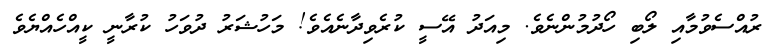
ރުއްސެވުމާއި ލޯބި ހޯދުމުންނެވެ. މިއަދު އޭސީ ކުރެވިދާނެއެވެ! މަހުޝަރު ދުވަހު ކުރާނީ ކީއްހެއްޔެވެ